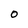
Character: O